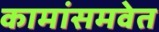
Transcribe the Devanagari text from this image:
कामांसमवेत